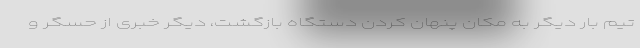
تیم بار دیگر به مکان پنهان کردن دستگاه بازگشت، دیگر خبری از حسگر و